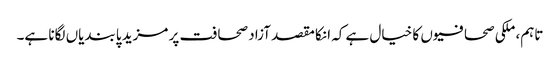
تاہم، ملکی صحافیوں کا خیال ہے کہ انکا مقصد آزاد صحافت پر مزید پابندیاں لگانا ہے۔